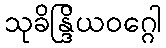
သုခိန္ဒြိယဝဂ္ဂေါ